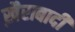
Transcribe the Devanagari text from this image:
ख़ैराबादी